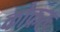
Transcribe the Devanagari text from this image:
कोकरू